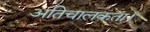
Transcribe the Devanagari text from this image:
अतिचालकता।